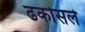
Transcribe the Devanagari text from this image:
ढकोसले